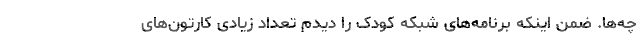
چه‌ها. ضمن اینکه برنامه‌های شبکه کودک را دیدم تعداد زیادی کارتون‌های